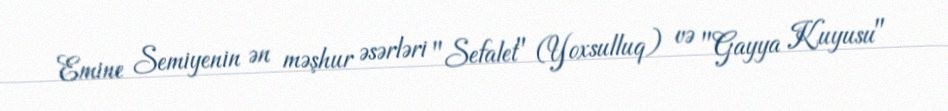
Emine Semiyenin ən məşhur əsərləri "Sefalet" (Yoxsulluq) və "Gayya Kuyusu"